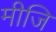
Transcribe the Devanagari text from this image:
मीजि